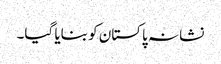
نشانہ پاکستان کو بنایا گیا۔